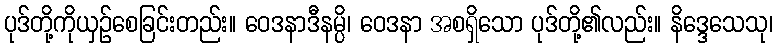
ပုဒ်တို့ကိုယှဉ်စေခြင်းတည်း။ ဝေဒနာဒီနမ္ပိ၊ ဝေဒနာ အစရှိသော ပုဒ်တို့၏လည်း။ နိဒ္ဒေသေသု၊